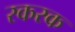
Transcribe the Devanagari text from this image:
रकरक